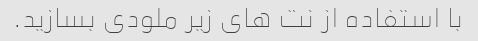
با استفاده از نت های زیر ملودی بسازید.